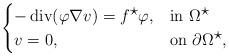
LaTeX: \begin{align*}\begin{cases}-\operatorname{div}(\varphi\nabla v)=f^{\displaystyle\star}\varphi,&\hbox{in}~\Omega^{\displaystyle\star}\\v=0,&\hbox{on}~\partial\Omega^{\displaystyle\star},\end{cases}\end{align*}